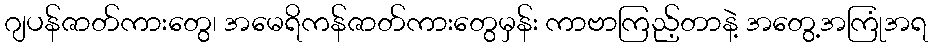
ဂျပန်ဇာတ်ကားတွေ၊ အမေရိကန်ဇာတ်ကားတွေမှန်း ကာဗာကြည့်တာနဲ့ အတွေ့အကြုံအရ